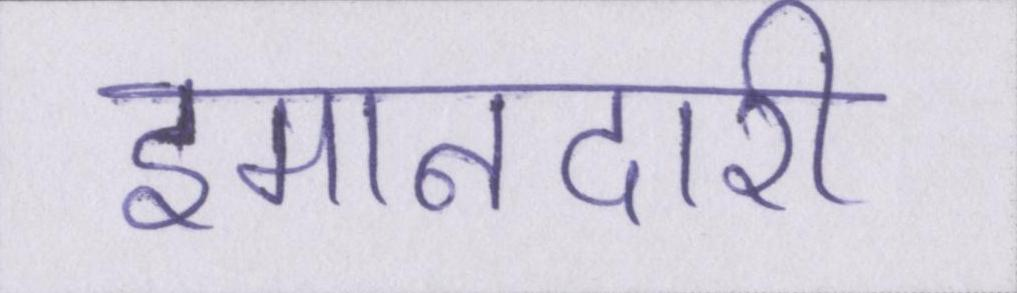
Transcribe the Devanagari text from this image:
इमानदारी